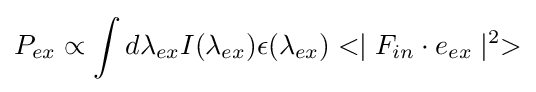
P_{ex}\propto \int d\lambda _{ex}I(\lambda _{ex})\epsilon (\lambda _{ex})<\mid F_{in}\cdot e_{ex}\mid ^{2}>